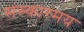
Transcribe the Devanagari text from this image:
संस्कारमय